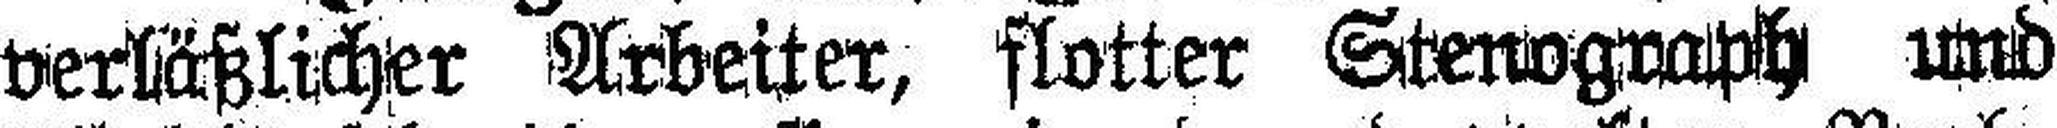
verläßlicher Arbeiter, flotter Stenograph und